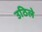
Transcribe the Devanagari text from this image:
उठिले